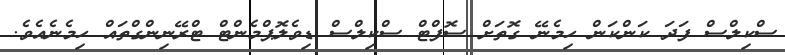
ސްކިލްސް ފަދަ ކަންކަން ހިމެނޭ ގޮތަށް ސޮފްޓް ސްކިލްސް ޑިވެލޮޕްމެންޓް ޓްރޭނިންގްތައް ހިމެނެއެވެ.